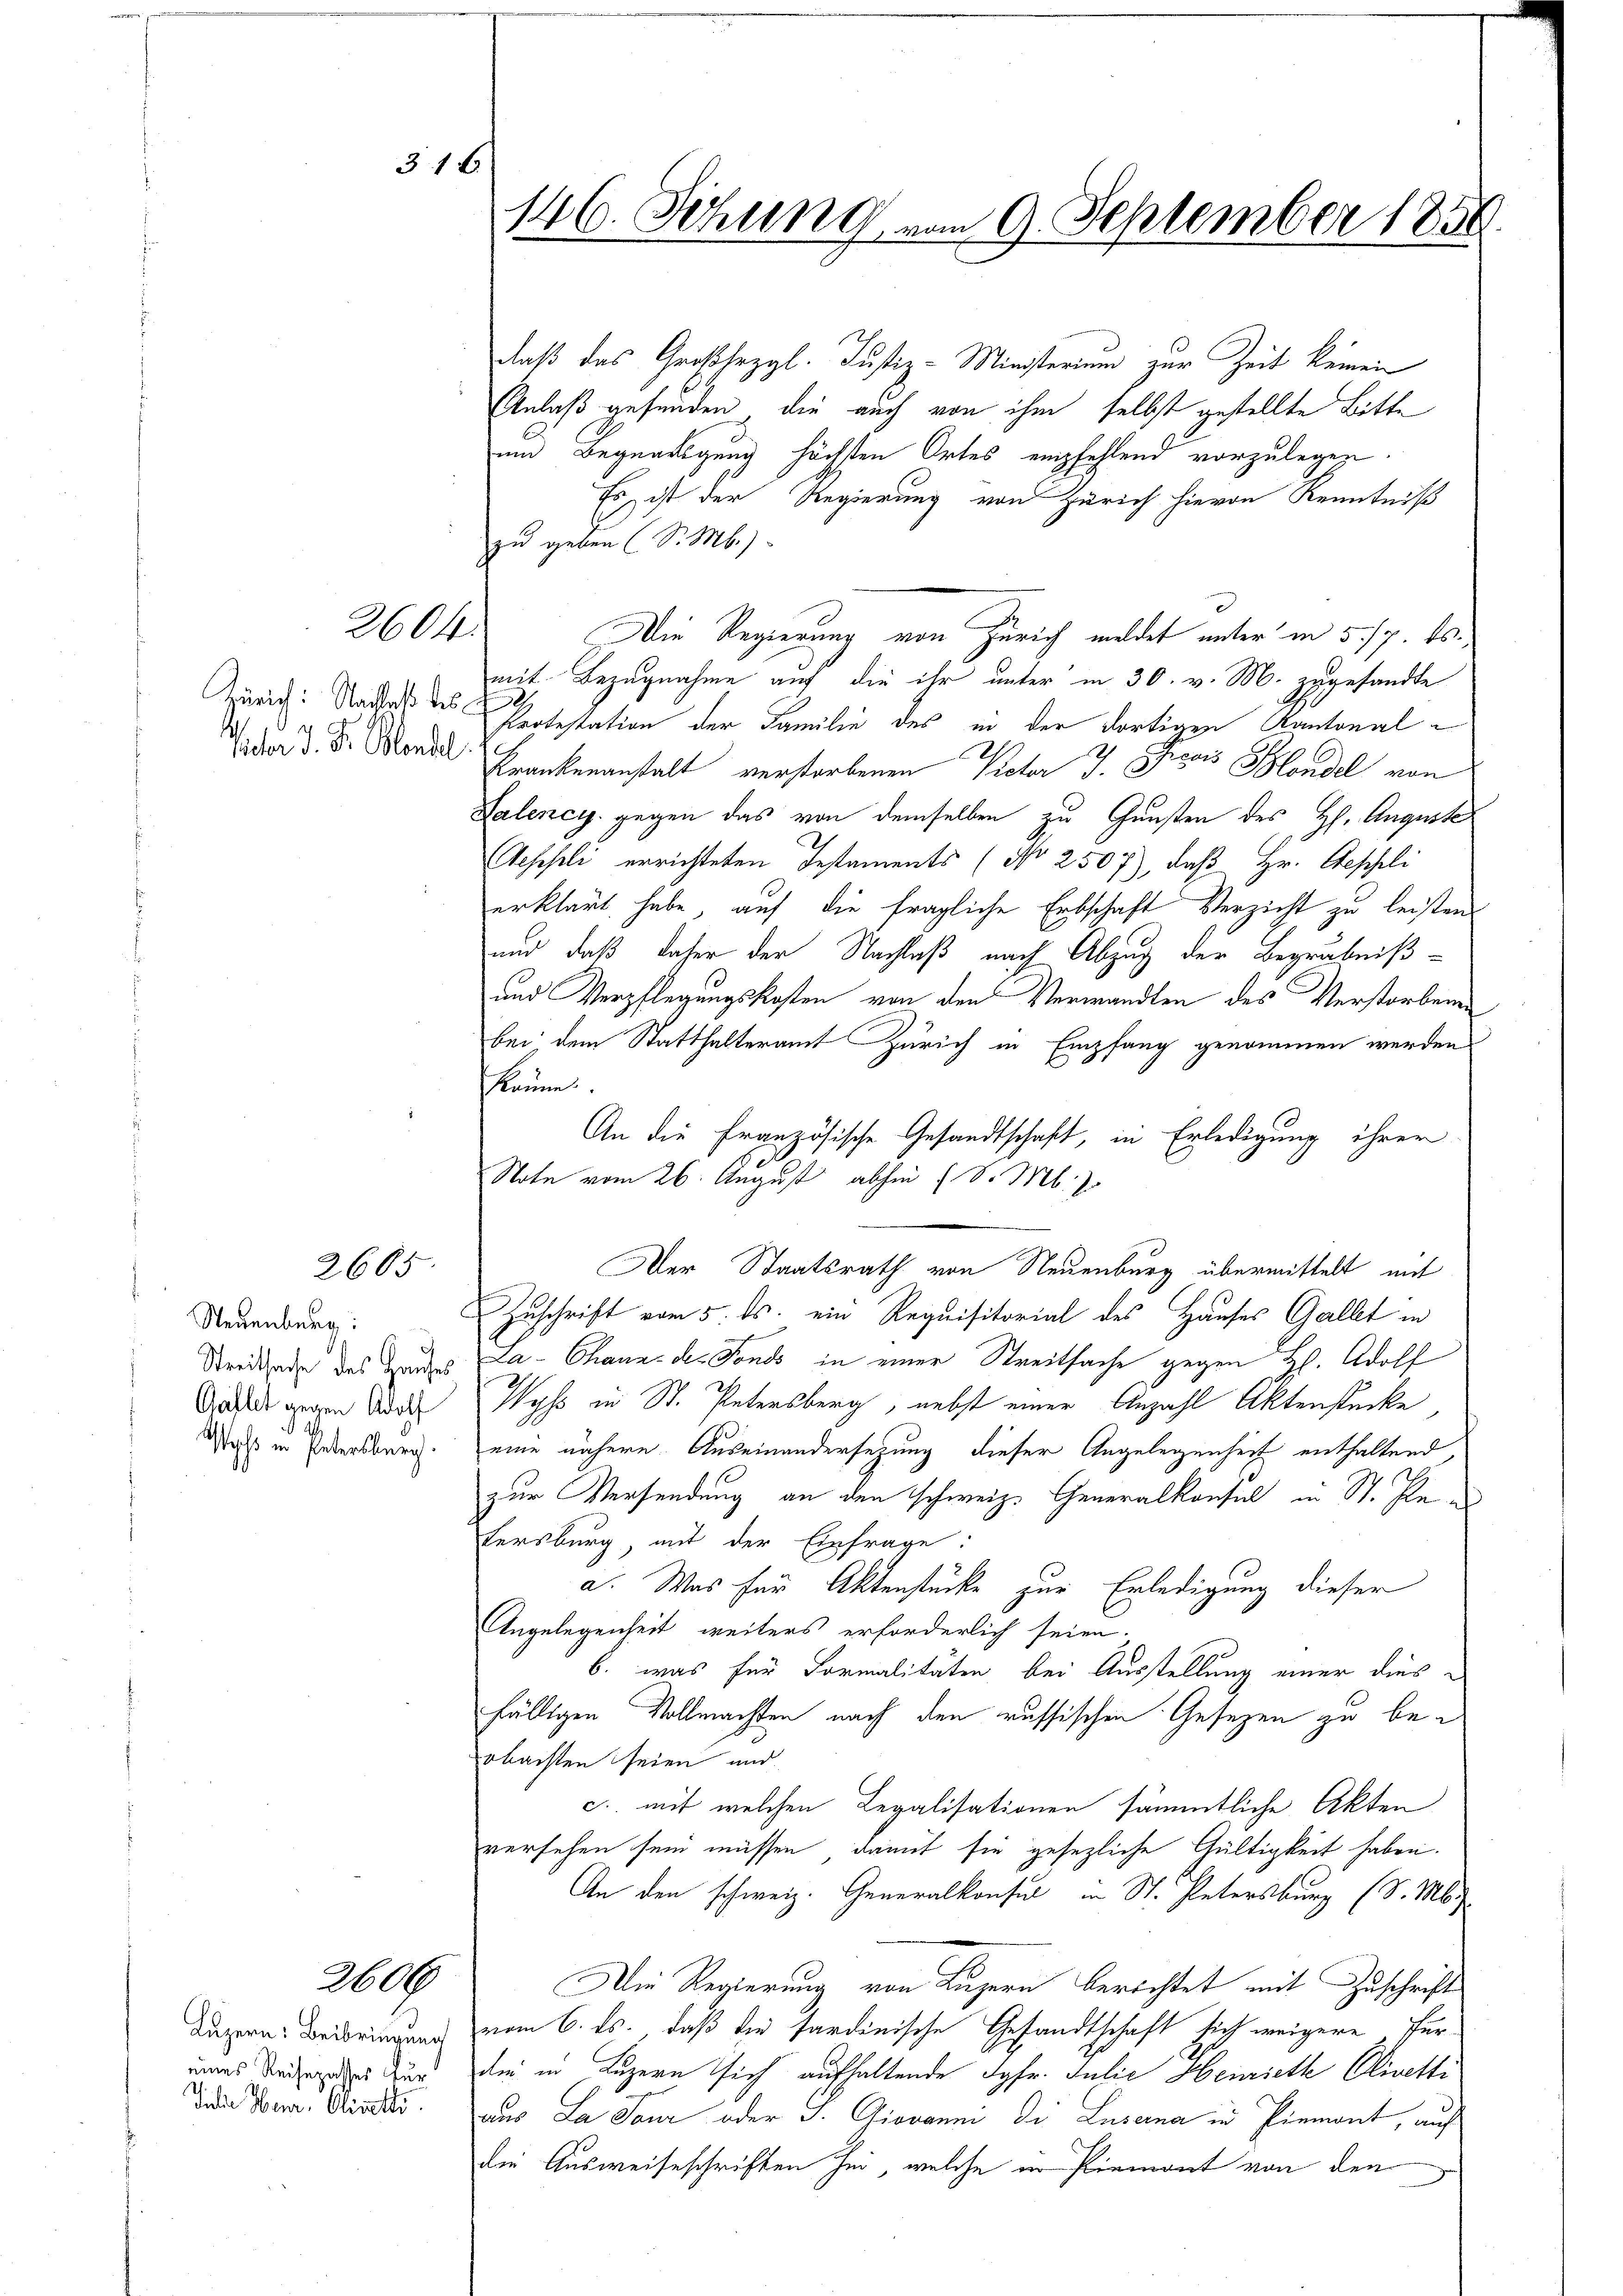
31 f.

Zürich: Nachlaß des
fächer J. Fr. Blondel

Luzern: Beibringung
eines Reisepasses für
Juker Herr Clinetti.

2604.

2605.

Neuenburg:
Streitsache des Hauses
Gaflet gegen Adolf
Wyss in Petersburg.

2606

daß das Großhezgl. Justiz-Ministerium zur Zeit keinen
Anlaß gefunden, die auch von ihm selbst gestellte Bitte
und Begnadigung höchsten Ortes empfehlend vorzulegen.
Es ist der Regierung von Zürich hievon Kenntniß
zu geben (S. M.)
Die Regierung von Zürich meldet unter in 5. 17. ds.
mit Bezugnahme auf die ihr unter in 30. v. M. zugesandte
Protestation der Familie des in der dortigen Kantonal¬
Krankenanstalt verstorbenen Victor J. Bois Blondel von
Kalence gegen das von demselben zu Gunsten des H. Auguste
Aesseli errichteten Testaments (No 2507), daß Hr. Geschli
erklärt habe, auf die fragliche Erbschaft Verzicht zu leisten
und daß daher der Nachlaß nach Abzug der Begräbniß¬
und Verpflegungskosten von den Verwandten des Verstorbenen
bei dem Statthalteramt Zürich in Empfang genommen werden
kaum
An die französische Gesandtschaft, in Erledigung ihrer
Zuschrift vom 5. ds. ein Requisitorial des Hauses Gallt in
La-Chann des Fonds in einer Streitsache gegen H. Adolf
Wyss in St. Petersberg, nebst einer Anzahl Aktenstücke
eine nähere Auseinandersetzung dieser Angelegenheit enthaltend,
zur Versendung an den schweiz. Generalkonsul in St. Pee
Fersburg, mit der Einfrage:
a. Was für Aktenstücke zur Erledigung dieser
Angelegenheit weiters erforderlich seien.
b. was für Formalitäten, bei Ausstellung einer dies
fälligen Vollmachten nach den russischen Gesezen zu beobachten seien und
c. mit welchen Legalisationen sämmtliche Akten
versehen sein müssen, damit sie gesezliche Gültigkeit haben.
An den schweiz. Generalkonsul in St. Petersburg (S. M.
Die Regierung von Luzern berichtet mit Zuschrift
vom 6. ds. daß die sardinische Gesandtschaft sich weigere Turdie in Luzern sich aufhaltende Jgfr. Julie Henrieth Olivette
aus La Paur oder J. Giovanni die Luzerna in Piemont, auf
die Ausweiseschriften her, welche in Piemont von den

146. Sitzung vom 9. September 1850

Note vom 26. August abhin 1 S. M. z

Der Staatsrath von Neuenburg übermittelt mit